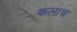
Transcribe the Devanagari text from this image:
कलाच